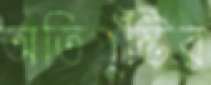
অতিপুষ্টির